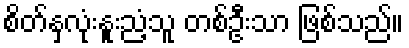
စိတ်နှလုံးနူးညံ့သူ တစ်ဦးသာ ဖြစ်သည်။